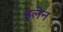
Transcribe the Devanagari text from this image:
इलेन